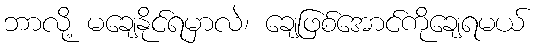
ဘာလို့ မချေနိုင်ရမှာလဲ၊ ချေဖြစ်အောင်ကိုချေရမယ်